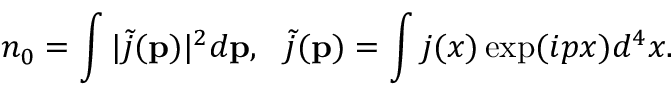
n _ { 0 } = \int | \tilde { j } ( { \bf p } ) | ^ { 2 } d { \bf p } , ~ ~ \tilde { j } ( { \bf p } ) = \int j ( x ) \exp ( i p x ) d ^ { 4 } x .